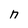
Character: n